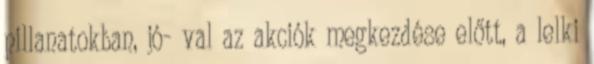
pillanatokban, jó- val az akciók megkezdése előtt, a lelki